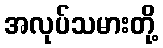
အလုပ်သမားတို့